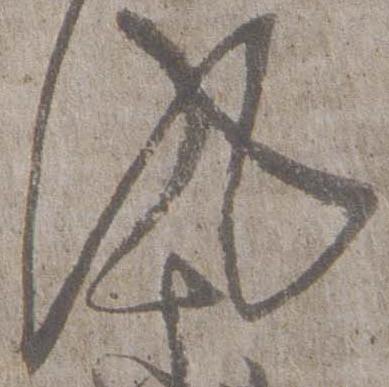
風